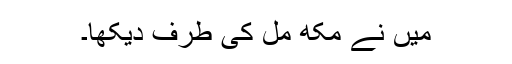
میں نے مکھ مل کی طرف دیکھا۔